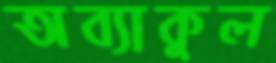
অব্যাকুল